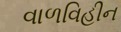
વાળવિહીન